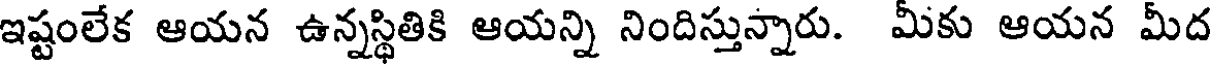
ఇష్టంలేక ఆయన ఉన్నస్థితికి ఆయన్ని నిందిస్తున్నారు. మీకు ఆయన మీద